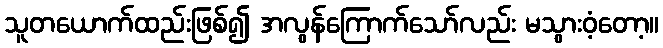
သူတယောက်ထည်းဖြစ်၍ အလွန်ကြောက်သော်လည်း မသွားဝံ့တော့။